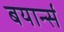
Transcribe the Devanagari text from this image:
बयार्न्स